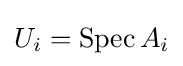
U_{i}=\operatorname {Spec} A_{i}